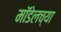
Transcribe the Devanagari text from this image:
मॉडेलच्या